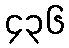
၄၃၆